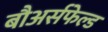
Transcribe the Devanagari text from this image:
बौअर्सफेल्ड